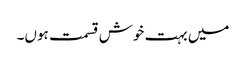
میں بہت خوش قسمت ہوں۔